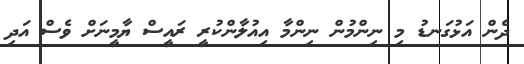
ދެން އަޅުގަނޑު މި ނިންމުން ނިންމާ އިއުލާންކުރީ ރައީސް ޔާމީނަށް ވެސް އަދި